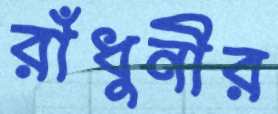
রাঁধুনীর